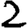
Digit: 2